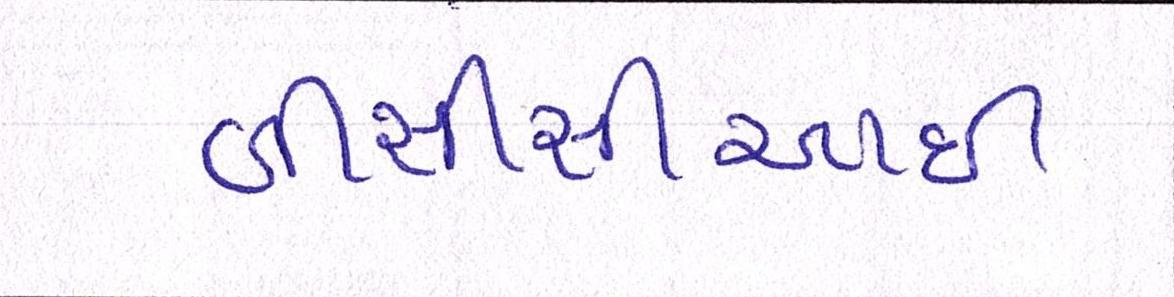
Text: બીસીસીઆઇ